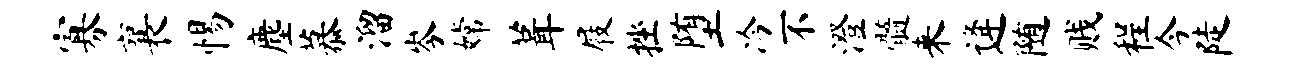
寡襄惕麈慕溜岑嫦葺屐挫堕冷不澄髓来逄随贱程今陡